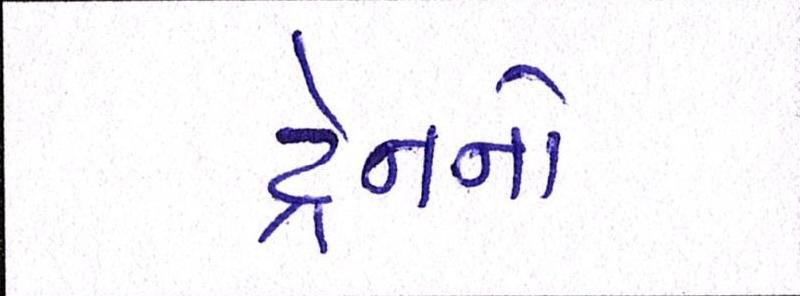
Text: ટ્રેનનો